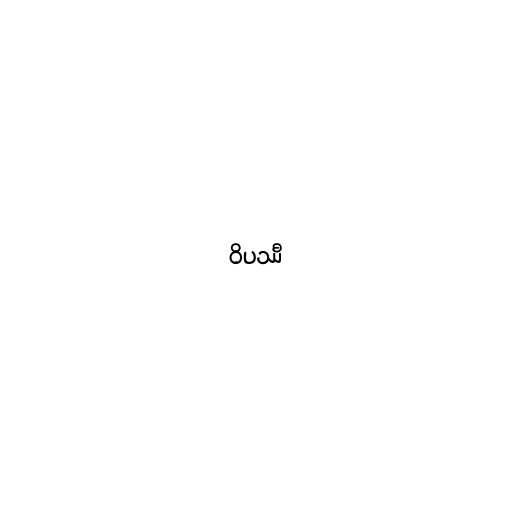
ဝိပဿီ